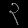
Digit: ၃